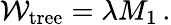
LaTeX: {\cal W}_{\mathrm{tree}}=\lambda M_{1}\, .